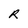
Character: R